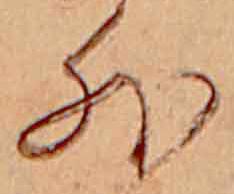
外